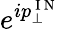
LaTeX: e^{ip_{\perp}^{\mathrm{~I~N~}}}